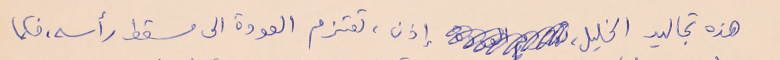
هذه تجاليد الخليل، إذن، تعتزم العودة الى مسقط رأسه، فكما